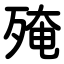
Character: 殗